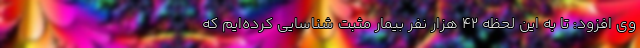
وی افزود: تا به این لحظه ۴۲ هزار نفر بیمار مثبت شناسایی کرده‌ایم که